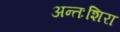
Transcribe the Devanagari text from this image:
अन्तःशिरा